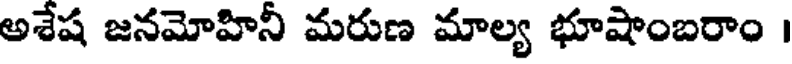
అశేష జనమోహినీ మరుణ మాల్య భూషాంబరాం |